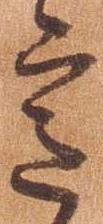
意